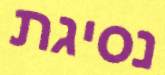
נסיגת